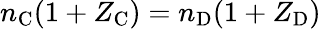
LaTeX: n_{\mathrm{C}}(1+Z_{\mathrm{C}})=n_{\mathrm{D}}(1+Z_{\mathrm{D}})